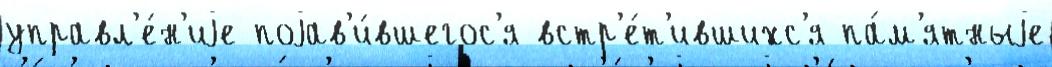
управл'е́н'иjе поjав'и́вшегос'я встр'е́т'ившихс'я па́м'ятныjе